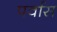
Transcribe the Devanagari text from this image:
पर्वास